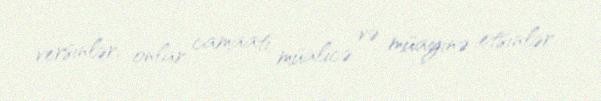
versinlər, onlar camaatı müalicə və müayinə etsinlər.